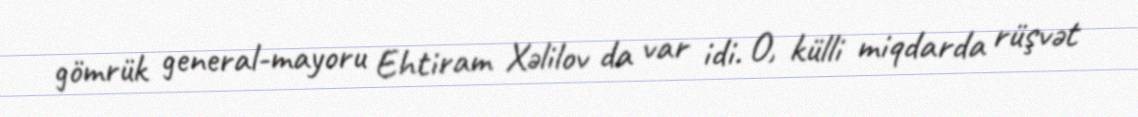
gömrük general-mayoru Ehtiram Xəlilov da var idi. O, külli miqdarda rüşvət